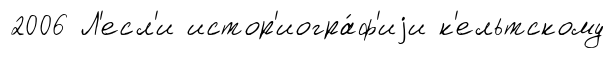
2006 Л'есл'и истор'иогра́ф'иjи к'ельтскому